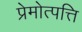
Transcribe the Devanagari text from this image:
प्रेमोत्पत्ति